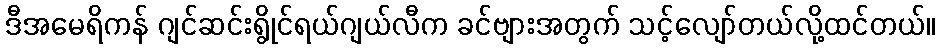
ဒီအမေရိကန် ဂျင်ဆင်းရွိုင်ရယ်ဂျယ်လီက ခင်ဗျားအတွက် သင့်လျော်တယ်လို့ထင်တယ်။